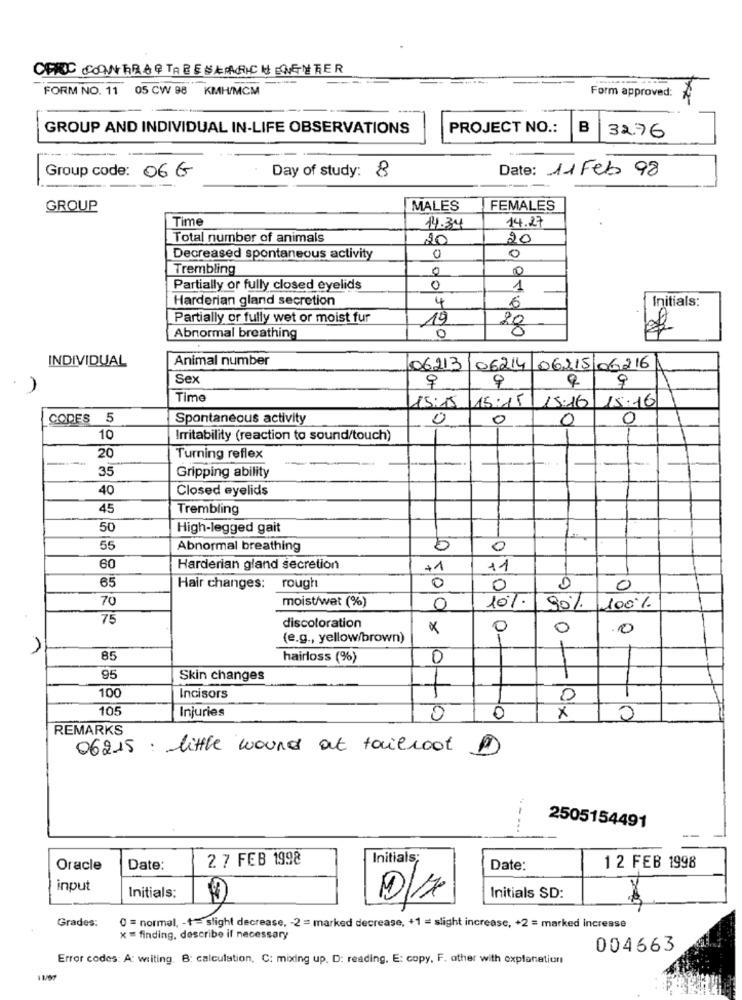
FORM NO. 11 05 CW 98 KMH/MCM
Form approved:
GROUP AND INDIVIDUAL IN-LIFE OBSERVATIONS
PROJECT NO .:
B
32.76
Date: 11 Feb 98
Group code: 066
Day of study: &
GROUP
MALES
FEMALES
Time
..
14.34
14.27
Total number of animals
10
20
Decreased spontaneous activity
0
0
Trembling
0
0
Partially or fully closed eyelids
0
1
Harderian gland secretion
4
Initials:
6
Partially or fully wet or moist fur
19
0
80
Abnormal breathing
INDIVIDUAL
Animal number
06213
06214 06115 06216
Sex
9
9
9
Time
15:15 15:16 15:16
15:15
CODES 5
Spontaneous activity
0
0
0
0
10
Irritability (reaction to sound/touch)
20
Turning reflex
35
Gripping ability
40
Closed eyelids
45
Trembling
50
High-legged gait
1
55
Abnormal breathing
0
60
Harderian gland secretion
+1
11
65
Hair changes: rough
0
0
-- 9
0
70
moist/wet (%)
10%
0
90% 100%
75
discoloration
×
0
0
.0
(e.g ., yellow/brown)
1
85
hairloss (%)
0
95
Skin changes
100
Incisors
0
105
Injuries
0
0
0
REMARKS
06215 : little wound at tailroot
2505154491
2 7 FEB 1998
Initials;
Oracle
Date:
Date:
1 2 FEB 1998
input
Initials:
Initials SD:
Grades:
0 = normal, - += slight decrease, - 2 = marked decrease, +1 = slight increase, +2 = marked increase
x = finding, describe if necessary
004663
Error codes: A: writing. B: calculation, C: mixing up. D: reading. E: copy, F. other with explanation